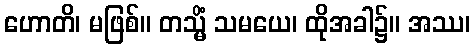
ဟောတိ၊ မဖြစ်။ တသ္မိံ သမယေ၊ ထိုအခါ၌။ အဿ၊